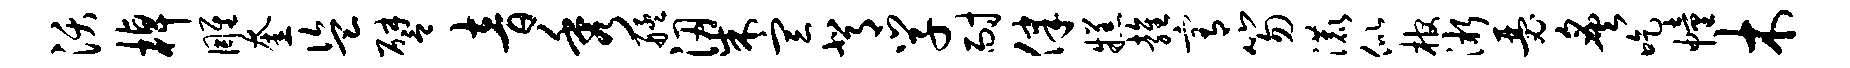
沃棹雕奎盗譬音秀艋梁宣背学耐律糕雍宥笏漉似棺淅瑟炙吃幢木